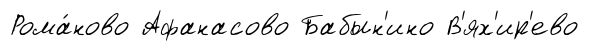
Рома́ново Афанасово Бабын'ино В'ях'ир'ево